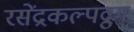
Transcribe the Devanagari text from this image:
रसेंद्रकल्पद्रुम